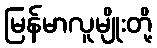
မြန်မာလူမျိုးတို့